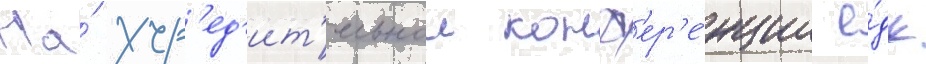
На́ учр'ед'ит'ельнои конф'ер'е́нции е́дк